Vaccination United Provinces of Agra and Oudh 1923-1928 - 1923-1928
Year: 1923
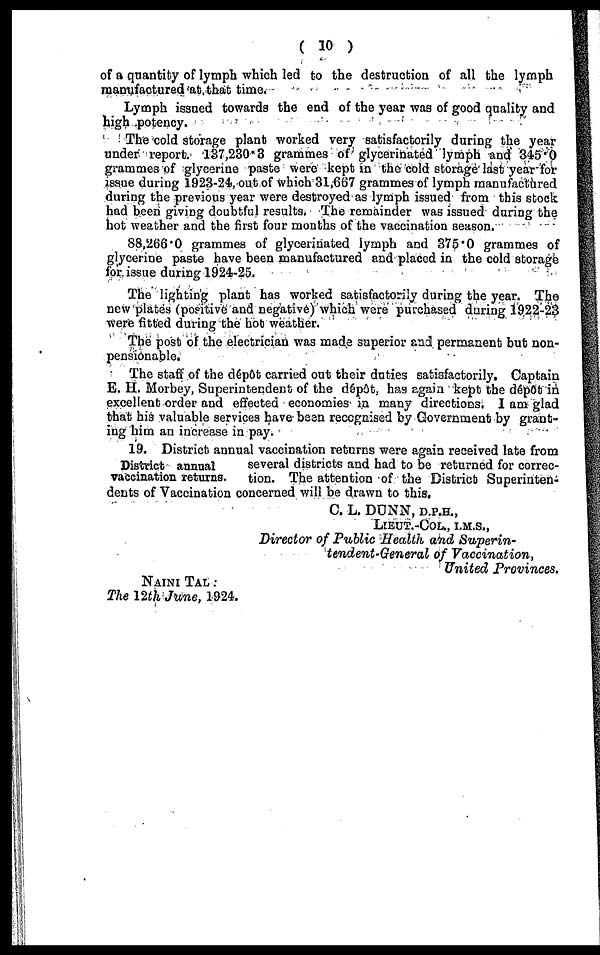
( 10 )
of a quantity of lymph which led to the destruction of all the lymph
manufactured at that time.
Lymph issued towards the end of the year was of good quality and
high potency.
The cold storage plant worked very satisfactorily during the year
under report. 137,230.3 grammes of glycerinated lymph and 345.0
grammes of glycerine paste were kept in the cold storage last year for
issue during 1923-24, out of which 31,667 grammes of lymph manufactured
during the previous year were destroyed as lymph issued from this stock
had been giving doubtful results. The remainder was issued during the
hot weather and the first four months of the vaccination season.
88,266.0 grammes of glycerinated lymph and 375.0 grammes of
glycerine paste have been manufactured and placed in the cold storage
for issue during 1924-25.
The lighting plant has worked satisfactorily during the year. The
new plates (positive and negative) which were purchased during 1922-23
were fitted during the hot weather.
The post of the electrician was made superior and permanent but non-
pensionable.
The staff of the dépôt carried out their duties satisfactorily. Captain
E. H. Morbey, Superintendent of the dépôt, has again kept the dépôt) in
excellent order and effected economies in many directions. I am glad
that his valuable services have been recognised by Government by grant-
ing him an increase in pay.
District annual
vaccination returns.
19. District annual vaccination returns were again received late from
several districts and had to be returned for correc¬
tion. The attention of the District Superinten-
dents of Vaccination concerned will be drawn to this.
C. L. DUNN, D.P.H.,
LIEUT.-COL., I.M.S.,
Director of Public Health and Superin¬
tendent-General of Vaccination,
United Provinces.
NAINI TAL :
The 12th June, 1924.